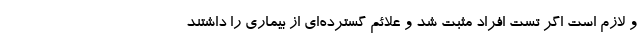
و لازم است اگر تست افراد مثبت شد و علائم گسترده‌ای از بیماری را داشتند